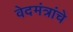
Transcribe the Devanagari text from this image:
वेदमंत्रांचे